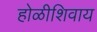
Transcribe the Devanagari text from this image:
होळीशिवाय